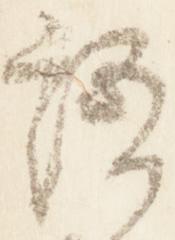
語